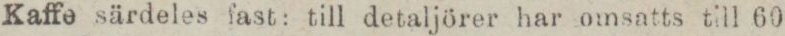
Kaffe särdeles fast: till detaljörer har omsatts till 60